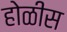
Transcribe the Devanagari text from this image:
होळीस